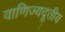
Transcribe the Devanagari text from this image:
वाणिज्यदूतीय